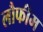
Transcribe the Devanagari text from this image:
लौफीम